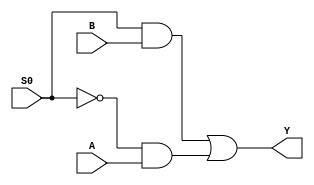
module MX2X4A12TR (A, B, S0, Y);
  input A, B, S0;
  output Y;
  wire N3, N6;
  and C1 (N3, S0, B);
  and C3 (N6, S0__br_in_not, A);
  not (S0__br_in_not, S0);
  or C4 (Y, N3, N6);
endmodule